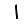
Digit: 1